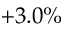
+ 3 . 0 \%